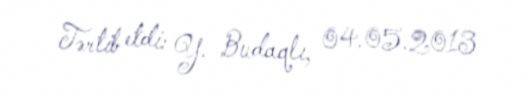
Tərtib etdi: Y. Budaqlı, 04.05.2013